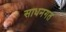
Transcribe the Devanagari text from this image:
साधनगत